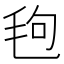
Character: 𪵙